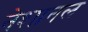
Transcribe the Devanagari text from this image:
नेशानल